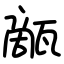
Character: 甋